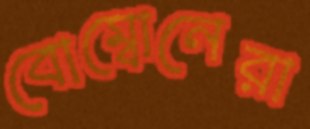
বোম্বোনেরা